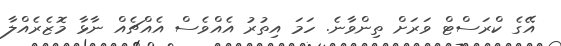
އޭގެ ކްރަސްޓް ވަރަށް ތިންވާނެ. ހަމަ އިތުރު އެއްވެސް އެއްޗެއް ނާޅާ މޮޒެރެއްލާ